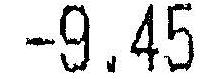
-9.45